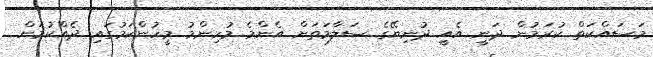
މަސައްކަތް ކުރަމުން ދަނީ އެއީ ދުނިޔޭގެ ސަލާމަތަށް އެންމެ މުހިންމު މީހުންކަމުގައި ދެއްކުމަށް